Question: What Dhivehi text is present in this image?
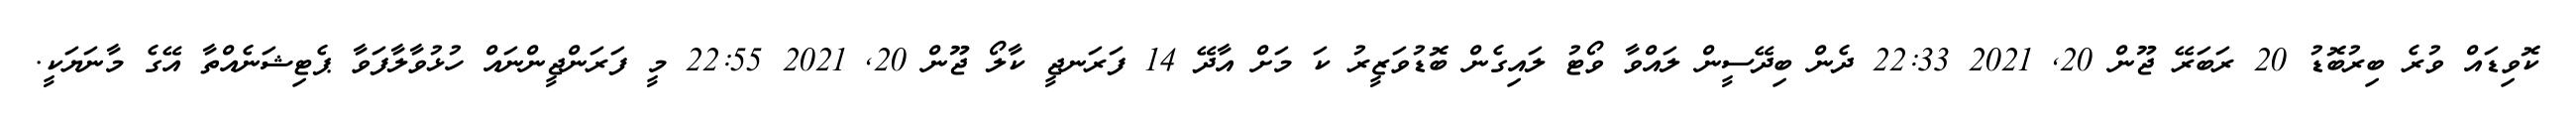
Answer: ކޮވިޑައް ވުރެ ބިރުބޮޑު 20 ރަބަރޭ ޖޫން 20, 2021 22:33 ދެން ބިދޭސީން ލައްވާ ވޯޓު ލައިގެން ބޮޑުވަޒީރު ކަ މަށް އާދޭ 14 ފަރަނޖީ ކާލޯ ޖޫން 20, 2021 22:55 މީ ފަރަންޖީންނައް ހުޅުވާލާފަވާ ޕެޓިޝަނެއްތާ އޭގެ މާނަޔަކީ.